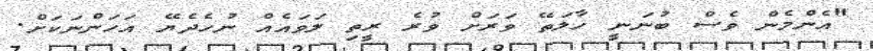
"އެންމެން ވެސް ބުނަނީ ހާލަތޭ ވަރަށް ވުރެ ރީތި ލަވައެއް ނުހެދެޔޭ އަހަންނަކަށް.